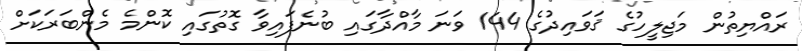
ރައްޔިތުން މަޖިލީހުގެ ޤަވައިދުގެ 144 ވަނަ މާއްދާގައި ބުނެފައިވާ ގޮތުގައި ކޮންމެ މެންބަރަކަށް